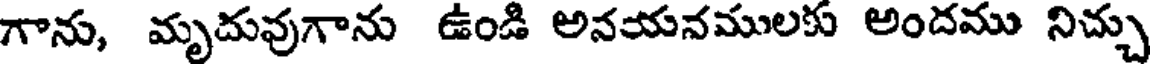
గాను, మృదువుగాను ఉండి అనయనములకు అందము నిచ్చు